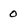
Character: o